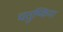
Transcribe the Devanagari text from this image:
चतुष्किया